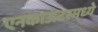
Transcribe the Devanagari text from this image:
एनकाऊंटरमध्ये